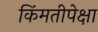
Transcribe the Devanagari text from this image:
किंमतीपेक्षा